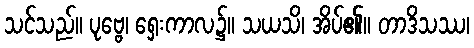
သင်သည်။ ပုဗ္ဗေ၊ ရှေးကာလ၌။ သယသိ၊ အိပ်၏။ တာဒိသဿ၊